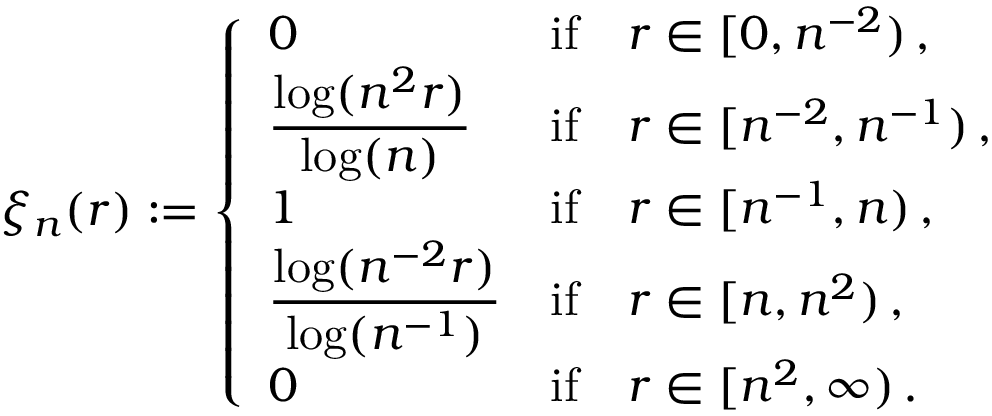
\xi _ { n } ( r ) : = \left\{ \begin{array} { l l } { 0 } & { \mathrm { i f } \quad r \in [ 0 , n ^ { - 2 } ) \, , } \\ { \displaystyle \frac { \log ( n ^ { 2 } r ) } { \log ( n ) } } & { \mathrm { i f } \quad r \in [ n ^ { - 2 } , n ^ { - 1 } ) \, , } \\ { 1 } & { \mathrm { i f } \quad r \in [ n ^ { - 1 } , n ) \, , } \\ { \displaystyle \frac { \log ( n ^ { - 2 } r ) } { \log ( n ^ { - 1 } ) } } & { \mathrm { i f } \quad r \in [ n , n ^ { 2 } ) \, , } \\ { 0 } & { \mathrm { i f } \quad r \in [ n ^ { 2 } , \infty ) \, . } \end{array} \right.